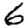
Digit: 6